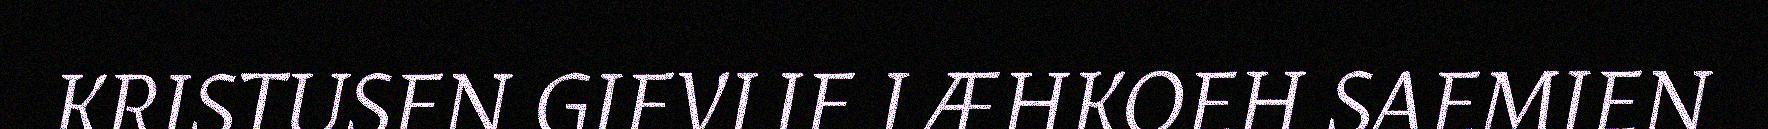
KRISTUSEN GIEVLIE LÆHKOEH SAEMIEN